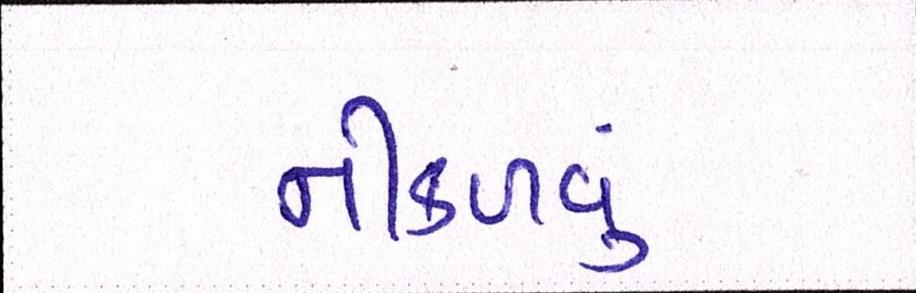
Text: નીકળવું